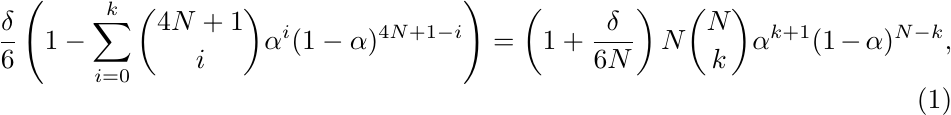
\begin{equation} \label{eq:var_tilde_psi_eq_3}
	\frac{\delta}{6} \left( 1-\sum_{i=0}^k {4N+1 \choose i} \alpha^i (1-\alpha)^{4N+1-i} \right) =  \left(1+\frac{\delta}{6N}\right) N {N \choose k} \alpha^{k+1} (1-\alpha)^{N-k},
\end{equation}